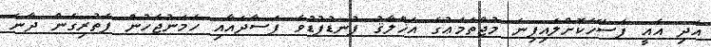
އަދި އެއީ ފަސޭހަކޮށްލައިފިނަ މުޖްތަމަޢުގެ އަޚްލާޤު ފުނޑުފުޑުވެ ފަސާދައާއި ހަމަނުޖެހުން ފެތުރިގެން ދާނެ